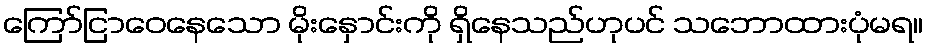
ကြော်ငြာဝေနေသော မိုးနှောင်းကို ရှိနေသည်ဟုပင် သဘောထားပုံမရ။